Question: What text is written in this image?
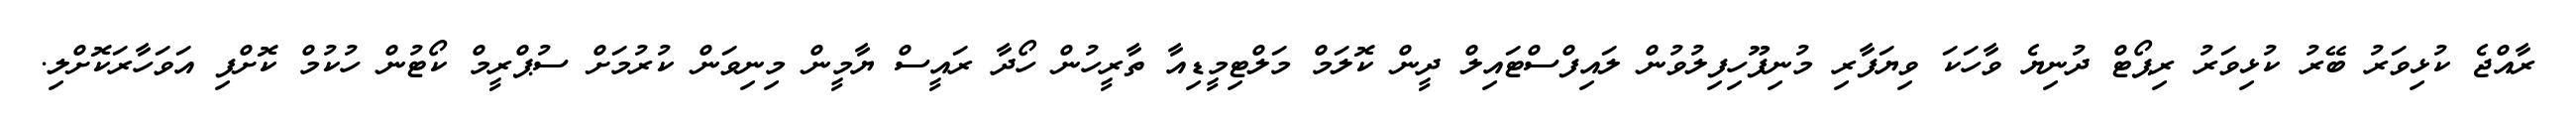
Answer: ރާއްޖެ ކުޅިވަރު ބޭރު ކުޅިވަރު ރިޕޯޓް ދުނިޔެ ވާހަކަ ވިޔަފާރި މުނިފޫހިފިލުވުން ލައިފްސްޓައިލް ދީން ކޮލަމް މަލްޓިމީޑިއާ ތާރީހުން ހޯދާ ރައީސް ޔާމީން މިނިވަން ކުރުމަށް ސުޕްރީމް ކޯޓުން ހުކުމް ކޮށްފި އަވަހާރަކޮށްލި.